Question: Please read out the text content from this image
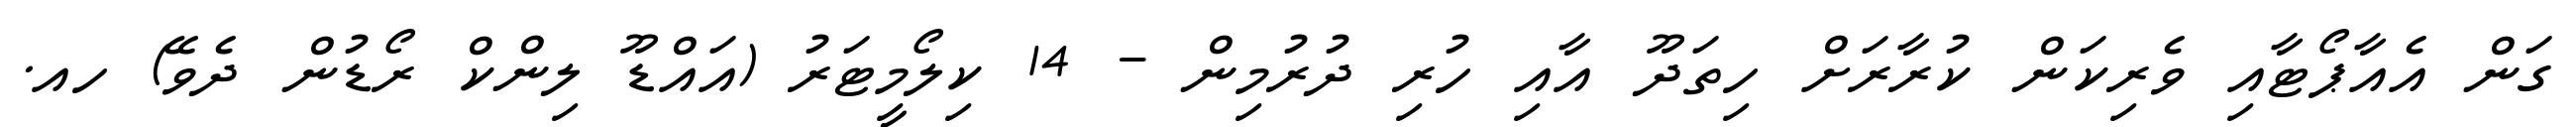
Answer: ގަން އެއާޕޯޓާއި ވެރިކަން ކުރާރަށް ހިތަދޫ އާއި ހުރި ދުރުމިން - 14 ކިލޯމީޓަރު (އައްޑޫ ލިންކް ރޯޑުން ދެވޭ) ހއ.